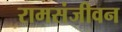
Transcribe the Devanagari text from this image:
रामसंजीवन